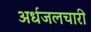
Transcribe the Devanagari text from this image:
अर्धजलचारी